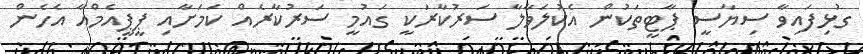
ގުޅިފައިވާ ސިޔާސީ ޕާޓީތަކުން އެކުލަވާލާ ސަރުކާރަކީ ގައުމީ ސަރުކާރެއް ކަމަށާއި ޕީޕީއެމްއާ އެހެން